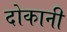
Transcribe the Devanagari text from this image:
दोकानी